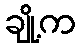
ချို့က